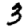
Digit: 3